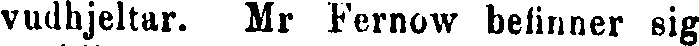
vudhjeltar. Mr Fernow befinner sig